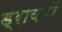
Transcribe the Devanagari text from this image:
ड्रायरों